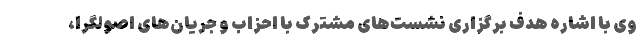
وی با اشاره هدف برگزاری نشست‌های مشترک با احزاب و جریان‌های اصولگرا،